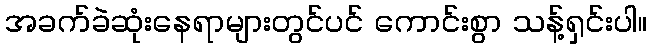
အခက်ခဲဆုံးနေရာများတွင်ပင် ကောင်းစွာ သန့်ရှင်းပါ။